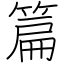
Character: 篇